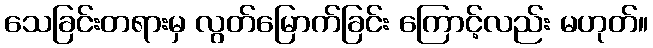
သေခြင်းတရားမှ လွတ်မြောက်ခြင်း ကြောင့်လည်း မဟုတ်။